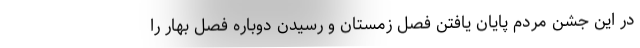
در این جشن مردم پایان یافتن فصل زمستان و رسیدن دوباره فصل بهار را